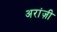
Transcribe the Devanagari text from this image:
अरांज़ी